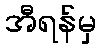
အီရန်မှ